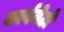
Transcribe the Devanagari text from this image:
कार्बनेटों